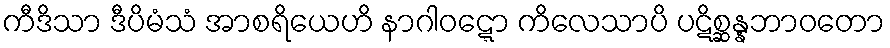
ကီဒိသာ ဒီပိမံသံ အာစရိယေဟိ နာဂါဝဋ္ဋော ကိလေသာပိ ပဋိစ္ဆန္နဘာဝတော